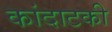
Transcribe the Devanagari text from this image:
कांदाटकी